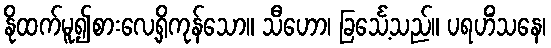
နိုထက်မူ၍စားလေ့ရှိကုန်သော။ သီဟော၊ ခြင်္သေ့သည်။ ပရဟိံသနေ၊